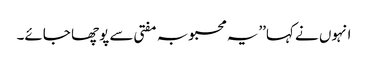
انہوں نے کہا’’یہ محبوبہ مفتی سے پوچھا جائے۔